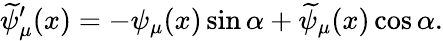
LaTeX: \widetilde{\psi}_{\mu}^{\prime}(x)=-\psi_{\mu}(x)\sin\alpha+\widetilde{\psi}_{\mu}(x)\cos\alpha.